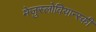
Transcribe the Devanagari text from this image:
मेजुस्लोवियान्स्की